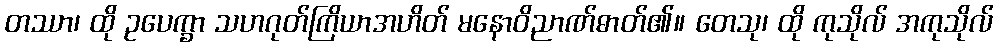
တဿာ၊ ထို ဥပေက္ခာ သဟဂုတ်ကြိယာအဟိတ် မနောဝိညာဏ်ဓာတ်၏။ တေသု၊ ထို ကုသိုလ် အကုသိုလ်